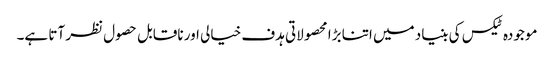
موجودہ ٹیکس کی بنیاد میں اتنا بڑا محصولاتی ہدف خیالی اور ناقابل حصول نظر آتا ہے۔